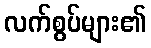
လက်စွပ်များ၏